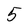
Character: 5